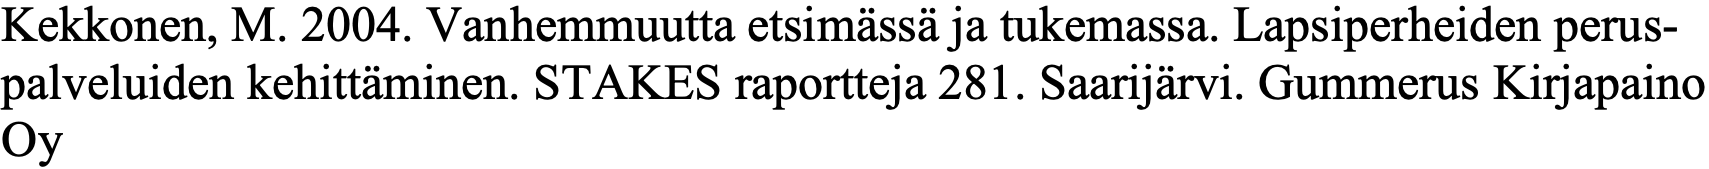
Kekkonen, M. 2004. Vanhemmuutta etsimässä ja tukemassa. Lapsiperheiden perus- palveluiden kehittäminen. STAKES raportteja 281. Saarijärvi. Gummerus Kirjapaino Oy